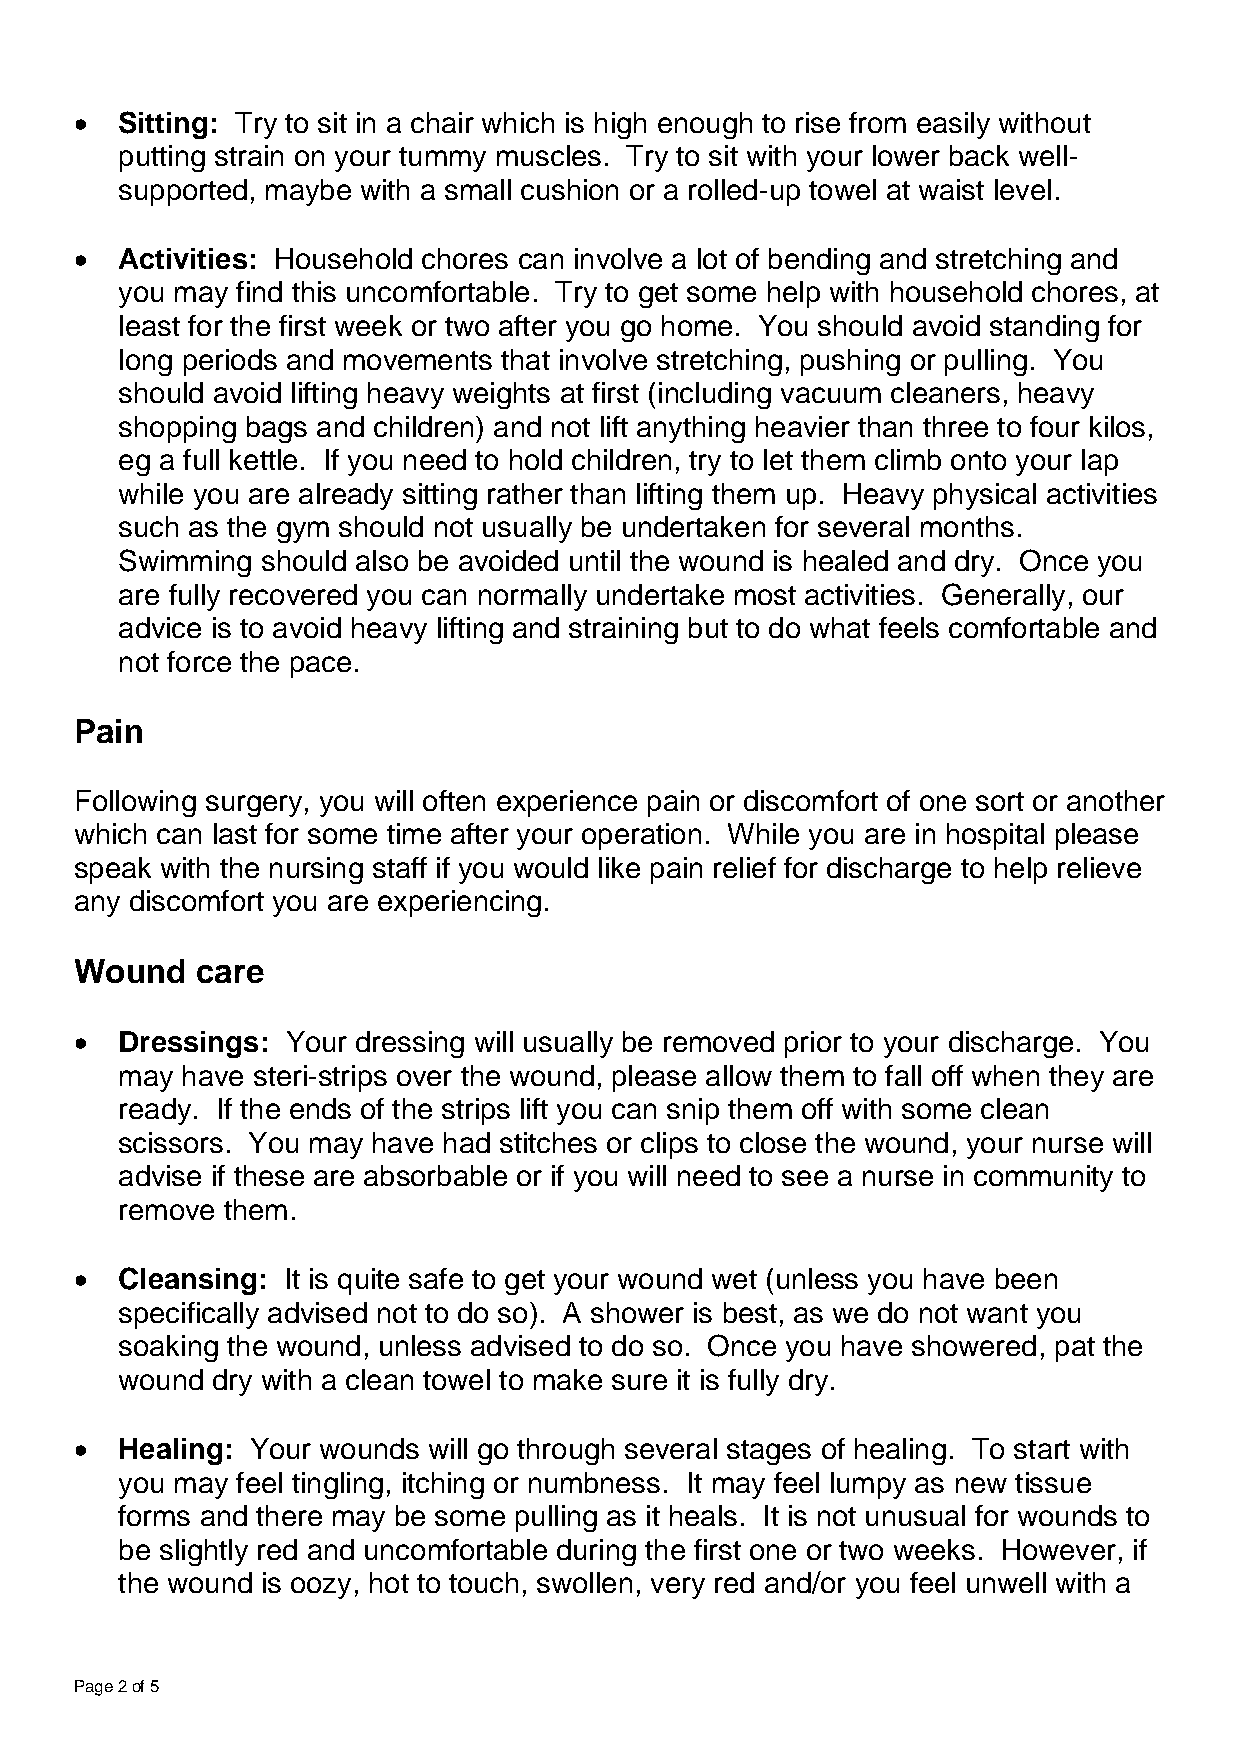
•  Sitting: Try to sit in a chair which is high enough to rise from easily without
 putting strain on your tummy muscles. Try to sit with your lower back well-
 supported, maybe with a small cushion or a rolled-up towel at waist level.
 •  Activities: Household chores can involve a lot of bending and stretching and
 you may find this uncomfortable. Try to get some help with household chores, at
 least for the first week or two after you go home. You should avoid standing for
 long periods and movements that involve stretching, pushing or pulling. You
 should avoid lifting heavy weights at first (including vacuum cleaners, heavy
 shopping bags and children) and not lift anything heavier than three to four kilos,
 eg a full kettle. If you need to hold children, try to let them climb onto your lap
 while you are already sitting rather than lifting them up. Heavy physical activities
 such as the gym should not usually be undertaken for several months.
 Swimming should also be avoided until the wound is healed and dry. Once you
 are fully recovered you can normally undertake most activities. Generally, our
 advice is to avoid heavy lifting and straining but to do what feels comfortable and
 not force the pace.
 Pain
 Following surgery, you will often experience pain or discomfort of one sort or another
 which can last for some time after your operation. While you are in hospital please
 speak with the nursing staff if you would like pain relief for discharge to help relieve
 any discomfort you are experiencing.
 Wound   care
 •  Dressings: Your dressing will usually be removed prior to your discharge. You
 may have steri-strips over the wound, please allow them to fall off when they are
 ready. If the ends of the strips lift you can snip them off with some clean
 scissors. You may have had stitches or clips to close the wound, your nurse will
 advise if these are absorbable or if you will need to see a nurse in community to
 remove them.
 •  Cleansing: It is quite safe to get your wound wet (unless you have been
 specifically advised not to do so). A shower is best, as we do not want you
 soaking the wound, unless advised to do so. Once you have showered, pat the
 wound dry with a clean towel to make sure it is fully dry.
 •  Healing: Your wounds will go through several stages of healing. To start with
 you may feel tingling, itching or numbness. It may feel lumpy as new tissue
 forms and there may be some pulling as it heals. It is not unusual for wounds to
 be slightly red and uncomfortable during the first one or two weeks. However, if
 the wound is oozy, hot to touch, swollen, very red and/or you feel unwell with a
 Page 2 of 5